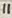
Text: 11